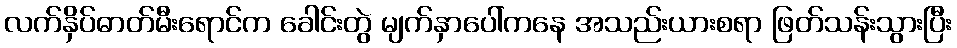
လက်နှိပ်ဓာတ်မီးရောင်က ခေါင်းတွဲ မျက်နှာပေါ်ကနေ အသည်းယားစရာ ဖြတ်သန်းသွားပြီး